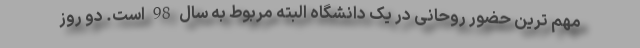
مهم ترین حضور روحانی در یک دانشگاه البته مربوط به سال 98 است. دو روز